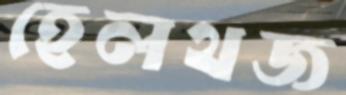
হেলথজ